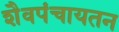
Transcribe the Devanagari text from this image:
शैवपंचायतन